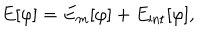
E [ \varphi ] = E _ { m } [ \varphi ] + E _ { \mathrm { i n t } } [ \varphi ] ,